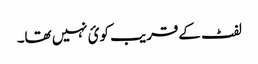
لفٹ کےقریب کوئ نہیں تھا۔